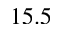
1 5 . 5